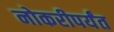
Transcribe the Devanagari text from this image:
नोकरीपर्यंत